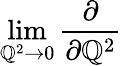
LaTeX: \operatorname*{lim}_{\mathbb{Q}^{2}\to{0}}\frac{{\partial}}{{\partial{\mathbb{Q}^{2}}}}